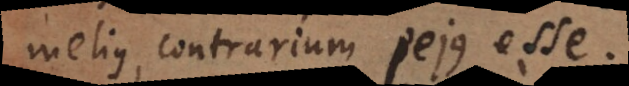
melius, contrarium pejus esse.